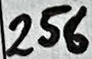
Text: 256